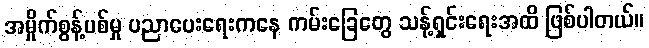
အမှိုက်စွန့်ပစ်မှု ပညာပေးရေးကနေ ကမ်းခြေတွေ သန့်ရှင်းရေးအထိ ဖြစ်ပါတယ်။